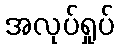
အလုပ်ရှုပ်